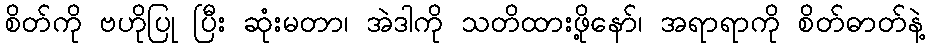
စိတ်ကို ဗဟိုပြု ပြီး ဆုံးမတာ၊ အဲဒါကို သတိထားဖို့နော်၊ အရာရာကို စိတ်ဓာတ်နဲ့